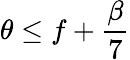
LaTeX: \theta\leq f+\frac{\beta}{7}